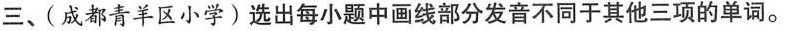
三、( 成都青羊区小学)选出每小题中画线部分发音不同于其他三项的单词。